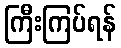
ကြီးကြပ်ရန်